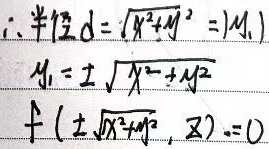
\(\therefore\) 半径\(d = \sqrt{x^{2}+y^{2}} = |y_{1}|\)
\(y_{1}=\pm\sqrt{x^{2}+y^{2}}\)
\(f(\pm\sqrt{x^{2}+y^{2}}, z)=0\)